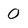
Character: 0